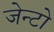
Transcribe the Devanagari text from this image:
जेन्टो